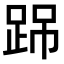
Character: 𨀽